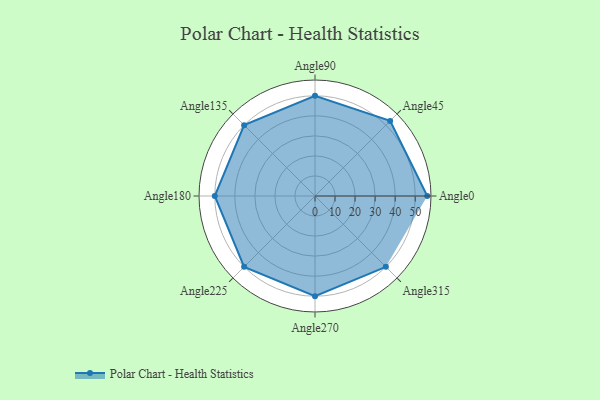
{"axis": {"x": "Angle", "y": "Radius"}, "legend": [""], "data": [{"x": "Angle0", "y": 56.0, "type": ""}, {"x": "Angle45", "y": 53.0, "type": ""}, {"x": "Angle90", "y": 50, "type": ""}, {"x": "Angle135", "y": 50, "type": ""}, {"x": "Angle180", "y": 50, "type": ""}, {"x": "Angle225", "y": 50, "type": ""}, {"x": "Angle270", "y": 50, "type": ""}, {"x": "Angle315", "y": 50, "type": ""}]}